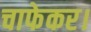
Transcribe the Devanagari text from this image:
चाफेकर।